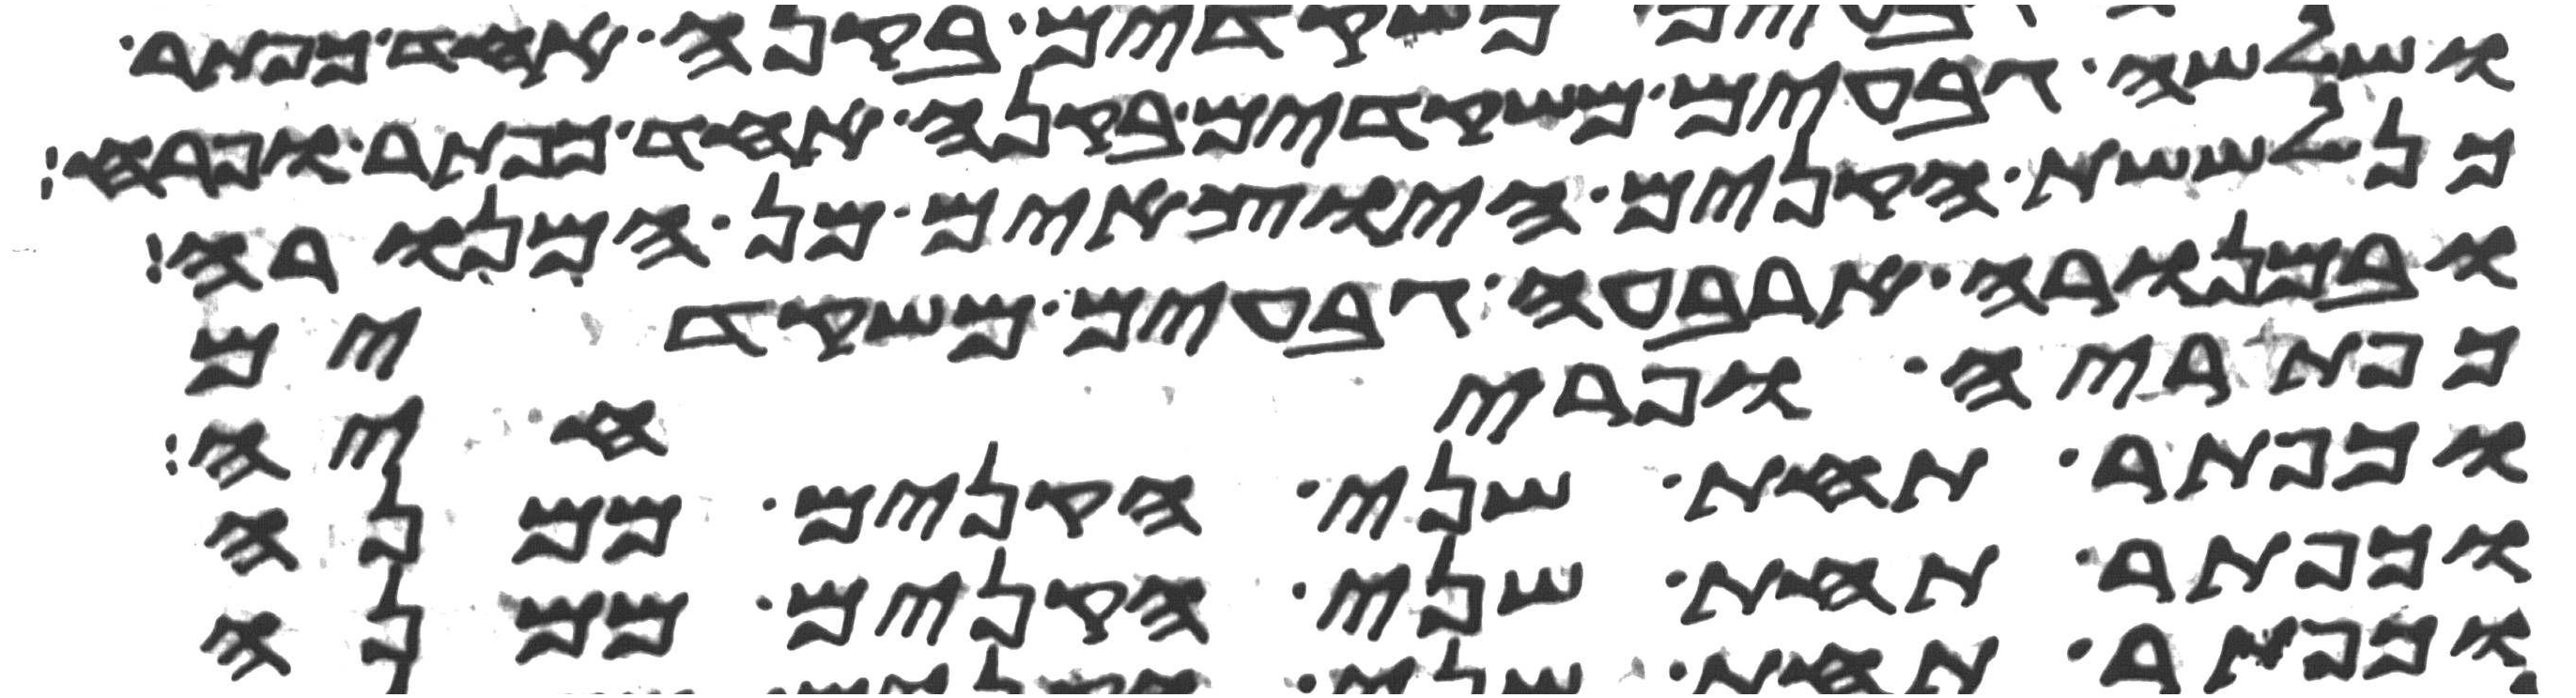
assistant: ושלשה גבעים משקדים בקנה אחד כפתר ופרח
כן לששת הקנים היוצאים מן המנורה
ובמנורה ארבעה גבעים משקדים
כפתריה ופרחיה
וכפתר תחת שני הקנים ממנה
וכפתר תחת שני הקנים ממנה